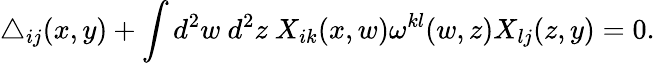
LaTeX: \triangle_{ij}(x,y)+\int d^{2}w~d^{2}z~X_{ik}(x,w)\omega^{kl}(w,z)X_{lj}(z,y)=0.